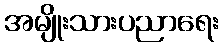
အမျိုးသားပညာရေး